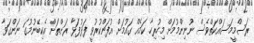
ރަސްމީމަސައްކަތްވެސް ނުނިންމުމަށް މިހުރިހާ ކަމެއް ގައުމަށް އުފަންކުރުވީ ފަޅުފަޅާ ރަށްތަށް އެކިބޭނުމުގަ ނަންގަވާ